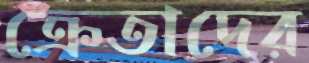
ক্রেতাদের